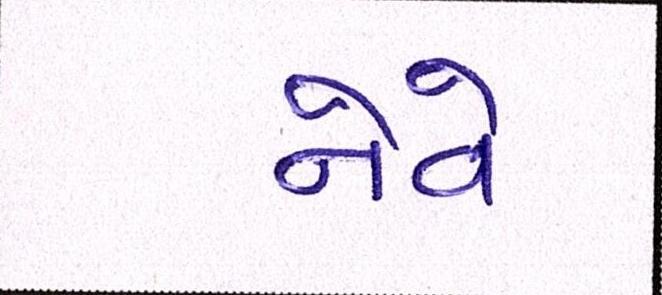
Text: નેવે